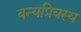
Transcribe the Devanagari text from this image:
वन्यप्रियस्य